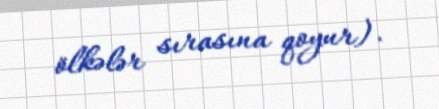
ölkələr sırasına qoyur).